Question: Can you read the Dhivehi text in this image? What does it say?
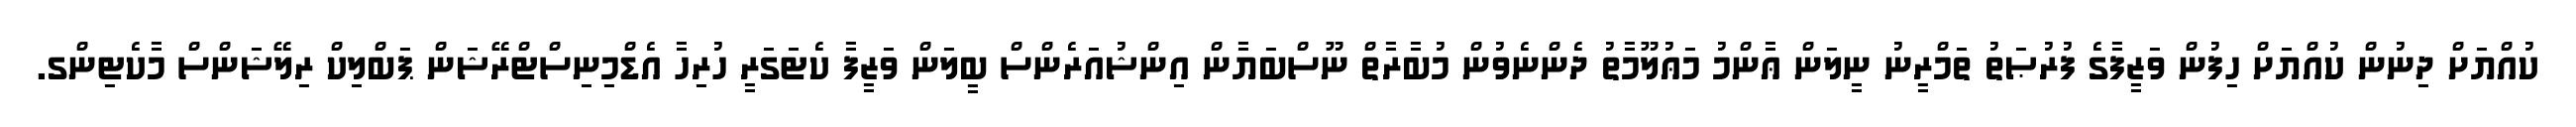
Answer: ކުއްޔަށް ދިނުން ކުއްޔަށް ހިފުން ވަޒީފާގެ ފުރުޞަތު ތަމްރީނު ނީލަން ޢާންމު މަޢުލޫމާތު ދެންނެވުން މުބާރާތް ނޫސްބަޔާން އިންޝުއަރެންސް ބީލަން ވަޒީފާ ކެޓަގަރީ ހުރިހާ އެޑްމިނިސްޓްރޭޝަން ޕަބްލިކް ރިލޭޝަންސް މާކެޓިންގ.